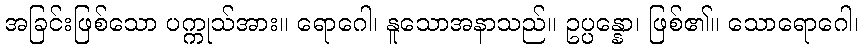
အခြင်းဖြစ်သော ပက္ကုသ်အား။ ရောဂေါ၊ နူသောအနာသည်။ ဥပ္ပန္နော၊ ဖြစ်၏။ သောရောဂေါ၊